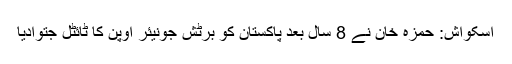
اسکواش: حمزہ خان نے 8 سال بعد پاکستان کو برٹش جونیئر اوپن کا ٹائٹل جتوادیا